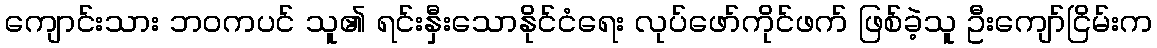
ကျောင်းသား ဘဝကပင် သူ၏ ရင်းနှီးသောနိုင်ငံရေး လုပ်ဖော်ကိုင်ဖက် ဖြစ်ခဲ့သူ ဦးကျော်ငြိမ်းက